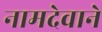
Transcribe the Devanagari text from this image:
नामदेवाने